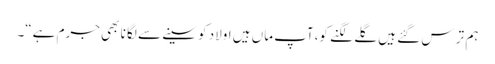
ہم تر س گئے ہیں گلے لگنے کو،آپ ماں ہیں اولاد کو سینے سے لگا نا بھی جرم ہے“۔